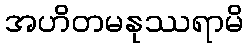
အဟိတမနုဿရာမိ